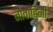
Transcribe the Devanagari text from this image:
नौवाहिनी